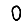
Digit: 0